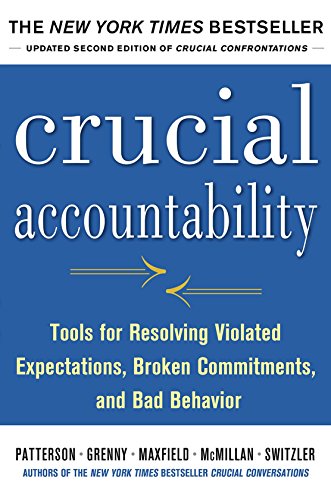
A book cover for Crucial Accountability: Tools for Resolving Violated Expectations, Broken Commitments, and Bad Behavior, Second Edition ( Paperback); Kerry Patterson; Business & Money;